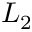
L _ { 2 }